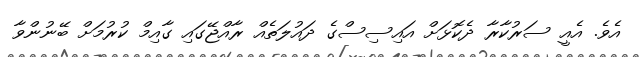
އެވެ. އެއީ ސަރުކާރާ ދެކޮޅަށް އައިސިސްގެ ދައުލަތެއް ރާއްޖޭގައި ގާއިމް ކުރުމަށް ބޭނުންވާ